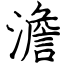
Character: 澹